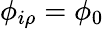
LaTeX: \phi_{i\rho}=\phi_{0}